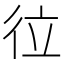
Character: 𢓔